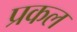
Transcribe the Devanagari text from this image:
प्रकल